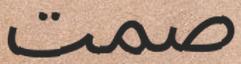
صمت